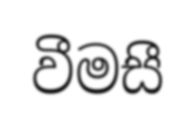
වීමසී